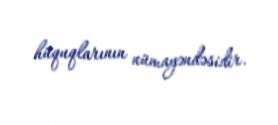
hüquqlarının nümayəndəsidir.